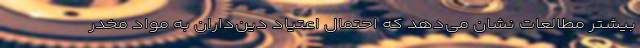
بیشتر مطالعات نشان می‌دهد که احتمال اعتیاد دین‌داران به مواد مخدر